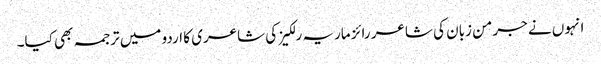
انہوں نے جرمن زبان کی شاعر رائز ماریہ رلکیز کی شاعری کا اردو میں ترجمہ بھی کیا۔